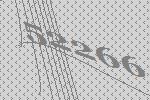
52266